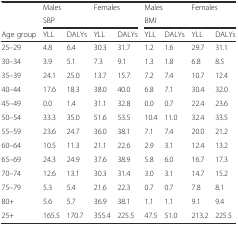
<table><thead><tr><td></td><td colspan="2"><b>Males</b></td><td colspan="2"><b>Females</b></td><td colspan="2"><b>Males</b></td><td colspan="2"><b>Females</b></td></tr><tr><td></td><td colspan="4"><b>SBP</b></td><td colspan="4"><b>BMI</b></td></tr><tr><td><b>Age group</b></td><td><b>YLL</b></td><td><b>DALYs</b></td><td><b>YLL</b></td><td><b>DALYs</b></td><td><b>YLL</b></td><td><b>DALYs</b></td><td><b>YLL</b></td><td><b>DALYs</b></td></tr></thead><tbody><tr><td>25–29</td><td>4.8</td><td>6.4</td><td>30.3</td><td>31.7</td><td>1.2</td><td>1.6</td><td>29.7</td><td>31.1</td></tr><tr><td>30–34</td><td>3.9</td><td>5.1</td><td>7.3</td><td>9.1</td><td>1.3</td><td>1.8</td><td>6.8</td><td>8.5</td></tr><tr><td>35–39</td><td>24.1</td><td>25.0</td><td>13.7</td><td>15.7</td><td>7.2</td><td>7.4</td><td>10.7</td><td>12.4</td></tr><tr><td>40–44</td><td>17.6</td><td>18.3</td><td>38.0</td><td>40.0</td><td>6.8</td><td>7.1</td><td>30.4</td><td>32.0</td></tr><tr><td>45–49</td><td>0.0</td><td>1.4</td><td>31.1</td><td>32.8</td><td>0.0</td><td>0.7</td><td>22.4</td><td>23.6</td></tr><tr><td>50–54</td><td>33.3</td><td>35.0</td><td>51.6</td><td>53.5</td><td>10.4</td><td>11.0</td><td>32.4</td><td>33.5</td></tr><tr><td>55–59</td><td>23.6</td><td>24.7</td><td>36.0</td><td>38.1</td><td>7.1</td><td>7.4</td><td>20.0</td><td>21.2</td></tr><tr><td>60–64</td><td>10.5</td><td>11.3</td><td>21.1</td><td>22.6</td><td>2.9</td><td>3.1</td><td>12.4</td><td>13.2</td></tr><tr><td>65–69</td><td>24.3</td><td>24.9</td><td>37.6</td><td>38.9</td><td>5.8</td><td>6.0</td><td>16.7</td><td>17.3</td></tr><tr><td>70–74</td><td>12.6</td><td>13.1</td><td>30.3</td><td>31.4</td><td>3.0</td><td>3.1</td><td>14.7</td><td>15.2</td></tr><tr><td>75–79</td><td>5.3</td><td>5.4</td><td>21.6</td><td>22.3</td><td>0.7</td><td>0.7</td><td>7.8</td><td>8.1</td></tr><tr><td>80+</td><td>5.6</td><td>5.7</td><td>36.9</td><td>38.1</td><td>1.1</td><td>1.1</td><td>9.1</td><td>9.4</td></tr><tr><td>25+</td><td>165.5</td><td>170.7</td><td>355.4</td><td>225.5</td><td>47.5</td><td>51.0</td><td>213.2</td><td>225.5</td></tr></tbody></table>